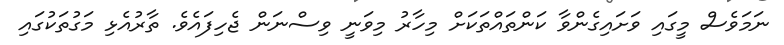
ނަމަވެސް މީގައި ވަށައިގެންވާ ކަންތައްތަކަށް މިހާރު މިވަނީ ވިސްނަން ޖެހިފައެވެ. ތާރުއެޅި މަގުތަކުގައި